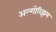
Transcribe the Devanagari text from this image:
अल्गोरिझम